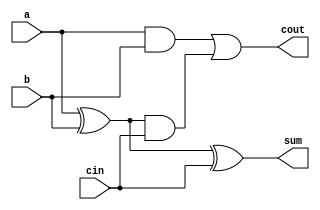
module fadder(a,b,sum,cout,cin);

	input a,b,cin;
	output cout,sum;
	wire w1,w2,w3;
	assign sum=((a^b)^cin);
	assign cout=((a&b)|((a^b)&cin));

endmodule